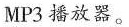
MP3播放器。